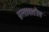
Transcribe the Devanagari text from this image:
प्रस्तावातील